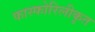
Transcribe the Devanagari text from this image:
फास्फोरिलीकृत